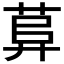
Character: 𦱱